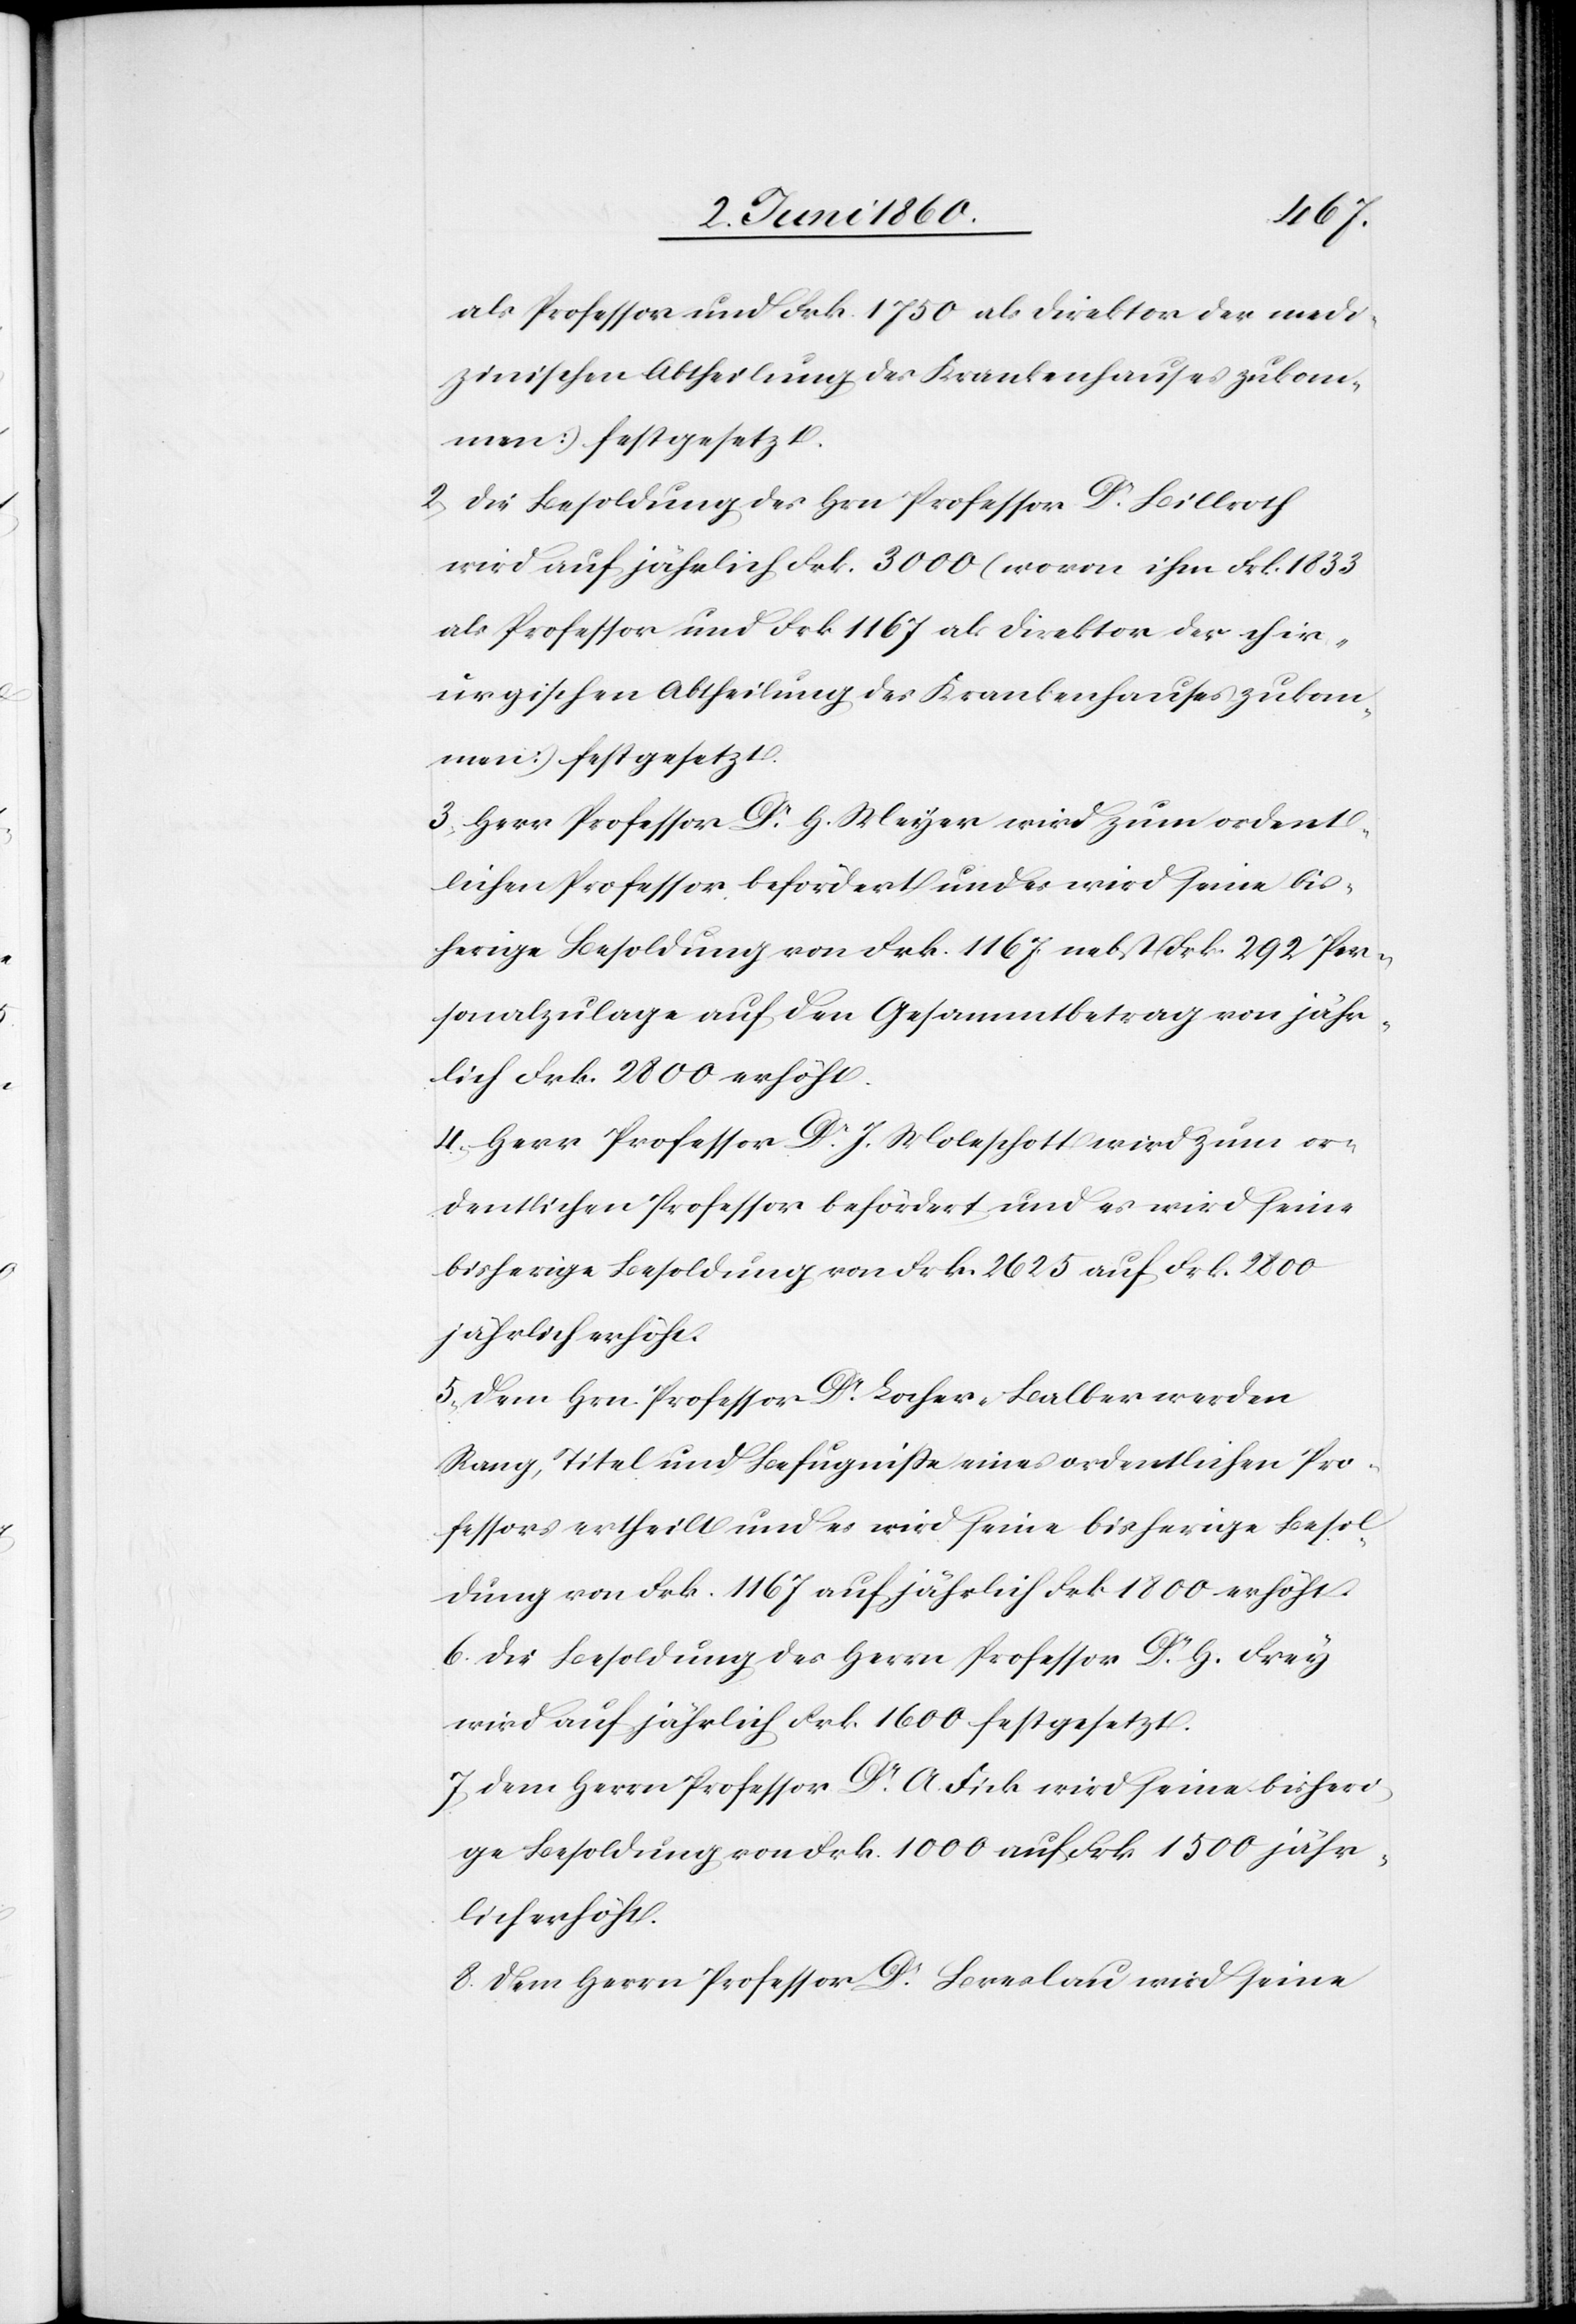
als Professor und Frk. 1750 als Direktor der medi¬
zinischen Abtheilung des Krankenhauses zukom¬
men) festgesetzt.
2. Die Besoldung des Hrn. Professor Dr Billroth
wird auf jährlich Frk. 3000 (wovon ihm Frk. 1833
als Professor und Frk. 1167 als Direktor der chir¬
urgischen Abtheilung des Krankenhauses zukom¬
men) festgesetzt.
3. Herr Professor Dr H. Meyer wird zum ordent¬
lichen Professor befördert und es wird seine bis¬
herige Besoldung von Frk. 1167 nebst Frk. 292 Per¬
sonalzulage auf den Gesammtbetrag von jähr¬
lich Frk. 2800 erhöht.
4. Herr Professor Dr J. Moleschott wird zum or¬
dentlichen Professor befördert und es wird seine
bisherige Besoldung von Frk. 2625 auf Frk. 2800
jährlich erhöht.
5. Dem Hrn. Professor Dr Locher-Balber werden
Rang, Titel und Befugnisse eines ordentlichen Pro¬
fessors ertheilt und es wird seine bisherige Besol¬
dung von Frk. 1167 auf jährlich Frk. 1800 erhöht.
6. Die Besoldung des Herrn Professor Dr H. Frey
wird auf jährlich Frk. 1600 festgesetzt,
7. Dem Herrn Professor Dr A. Fick wird seine bisheri¬
ge Besoldung von Frk. 1000 auf Frk. 1500 jähr¬
lich erhöht.
8. Dem Herrn Professor Breslau wird seine